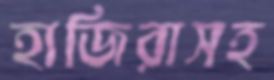
হাজিরাসহ